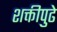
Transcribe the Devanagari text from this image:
शक्तीपुढे